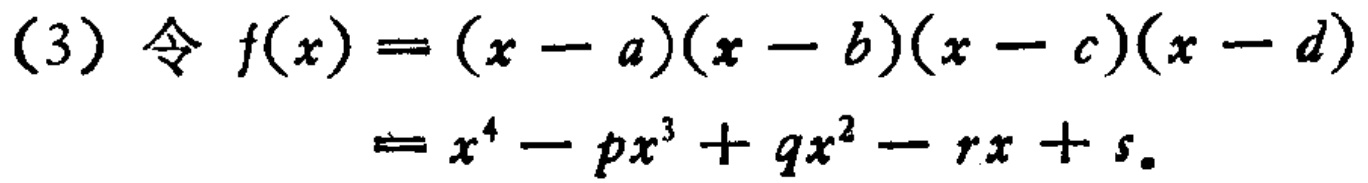
(3) 令 \( f(x)=(x - a)(x - b)(x - c)(x - d)\)

\(=x^{4}-px^{3}+qx^{2}-rx + s\)。